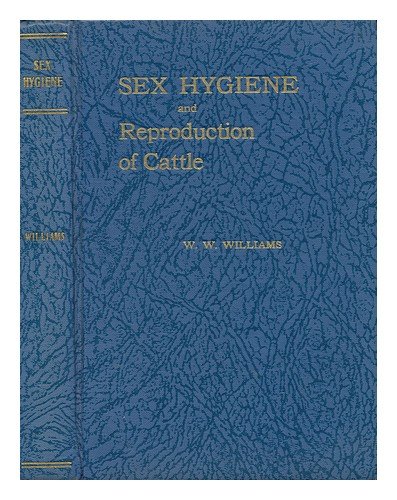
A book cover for Sex hygiene and reproduction of cattle,; Walter Wilkinson Williams; Medical Books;